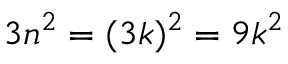
3 n ^ { 2 } = ( 3 k ) ^ { 2 } = 9 k ^ { 2 }